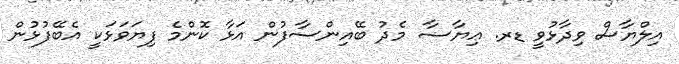
އިލްޔާސް ވިދާޅުވީ ޑރ. ޢިޔާޟާ މެދު ބޭއިންސާފުން އަޅާ ކޮންމެ ފިޔަވަޅަކީ އެބޭފުޅުން